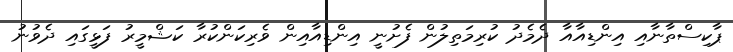
ޕާކިސްތާނާއި އިންޑިއާއާ ދެމެދު ކުރިމަތިލުން ފެށުނީ އިންޑިއާއިން ވެރިކަންކުރާ ކަޝްމީރު ފަޅީގައި ދެވުނު